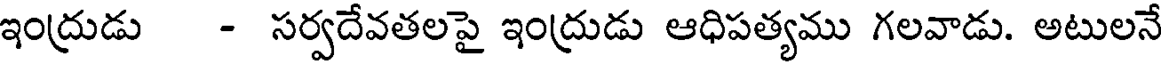
ఇంద్రుడు - సర్వదేవతలపై ఇంద్రుడు ఆధిపత్యము గలవాడు. అటులనే